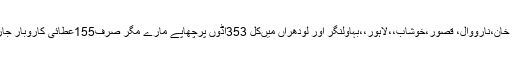
ٹیموں نے چنیوٹ،،ملتان،،اٹک،گوجرانوالہ،گجرات،وہاڑی،لیہ،رحیم یار خان،نارووال، قصور،خوشاب،،لاہور،،بہاولنگر اور لودھراں میںکل 353اڈوں پرچھاپے مارے مگر صرف155عطائی کاروبار جاری رکھے ہوئے پائے گئے اور ان کے اڈوں کو سر بمہر کردیا گیاہے ۔